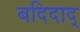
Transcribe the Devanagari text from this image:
बदिदाद्